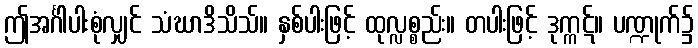
ဤအင်္ဂါပါးစုံလျှင် သံဃာဒိသိသ်။ နှစ်ပါးဖြင့် ထုလ္လစ္စည်း။ တပါးဖြင့် ဒုက္ကဋ်။ ပဏ္ဍုက်၌